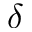
\delta